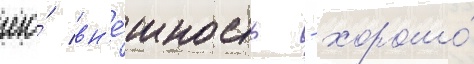
его́ вн'е́шность - хорошо́